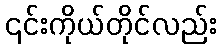
၎င်းကိုယ်တိုင်လည်း